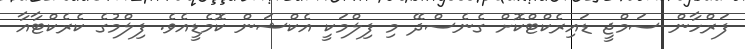
ފަރްހާން ސަމްޖީ ޑައިރެކްޓްކޮށް ގެނެސްދޭ މި ފިލްމަކީ އެކްޝަން ކޮމެޑީއެވެ. ފިލްމުގެ ކެރެކްޓާއާ